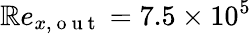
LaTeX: \mathbb{R}e_{x,\mathrm{{~o~u~t~}}}=7.5\times10^{5}